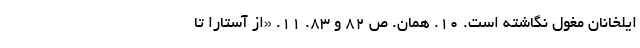
ایلخانان مغول نگاشته است. ۱۰. همان. ص ۸۲ و ۸۳. ۱۱. «از آستارا تا